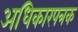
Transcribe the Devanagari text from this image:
अधिकारपत्रक